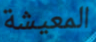
المعيشة